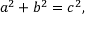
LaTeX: a ^ { 2 } + b ^ { 2 } = c ^ { 2 } ,